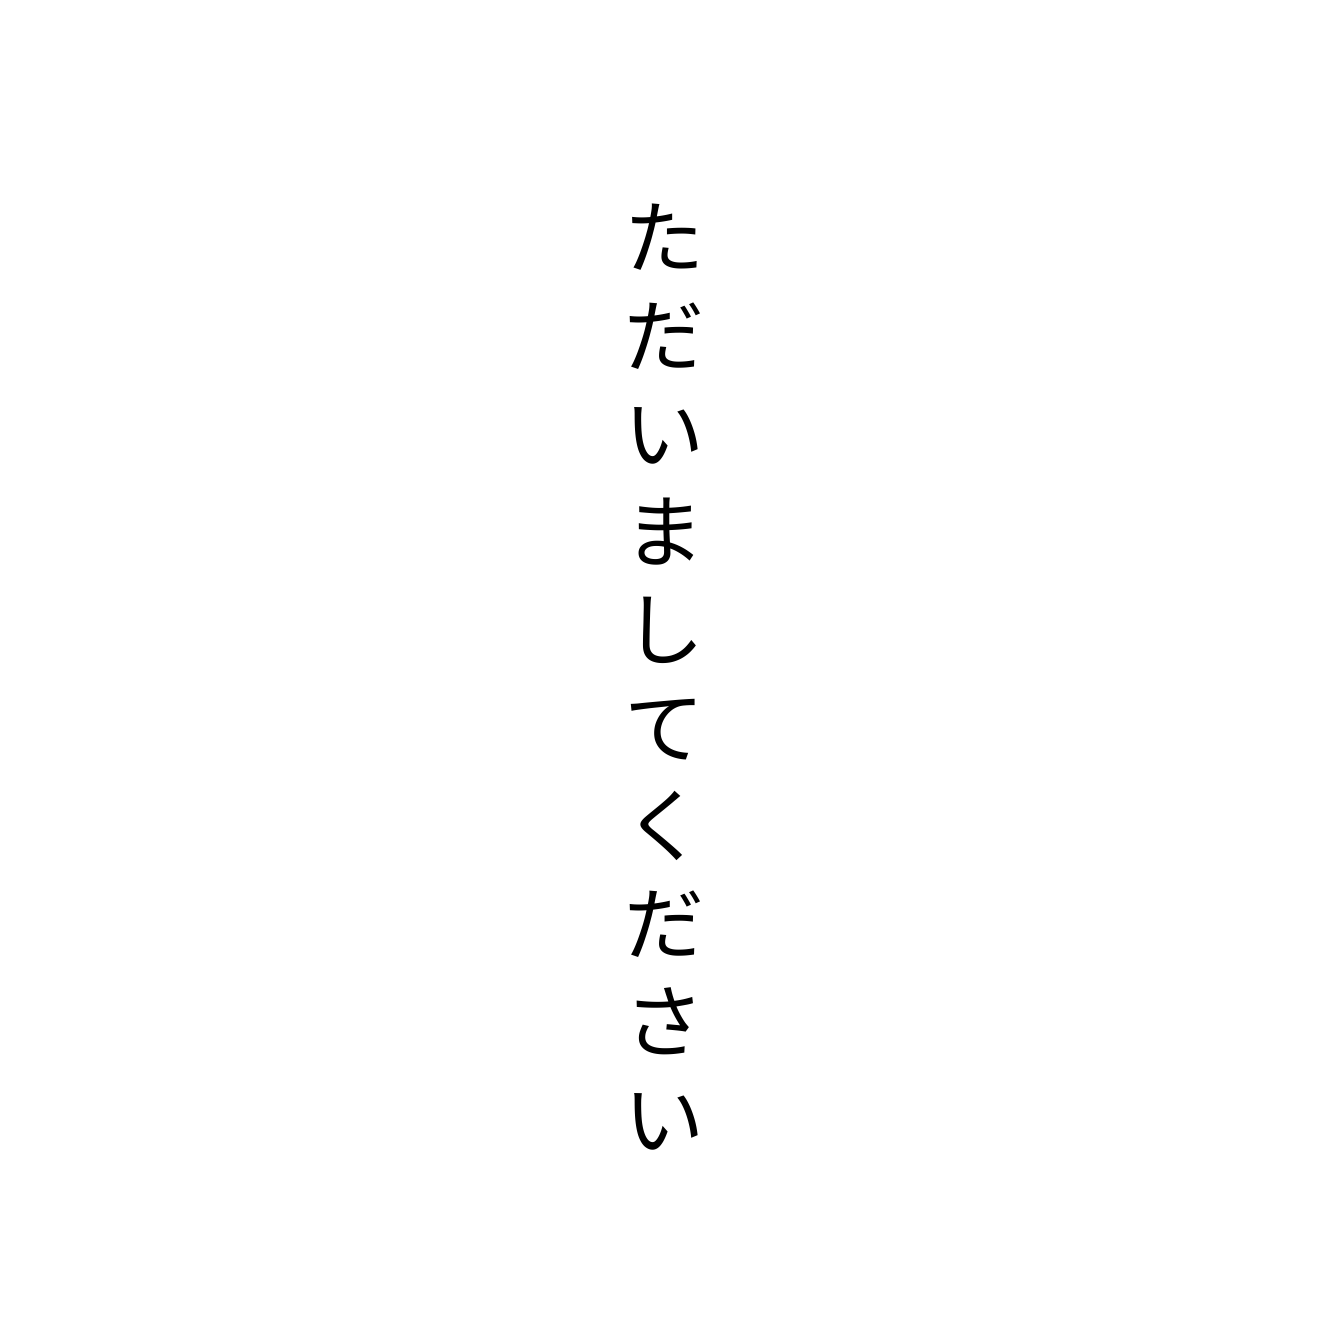
ただいましてください